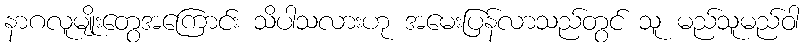
နာဂလူမျိုးတွေအကြောင်း သိပါသလားဟု အမေးပြန်လာသည်တွင် သူ မည်သူမည်ဝါ